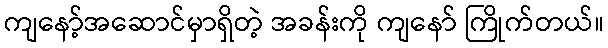
ကျနော့်အဆောင်မှာရှိတဲ့ အခန်းကို ကျနော် ကြိုက်တယ်။